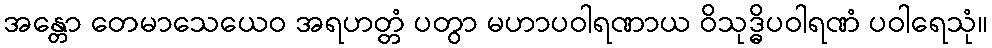
အန္တော တေမာသေယေဝ အရဟတ္တံ ပတွာ မဟာပဝါရဏာယ ဝိသုဒ္ဓိပဝါရဏံ ပဝါရေသုံ။